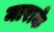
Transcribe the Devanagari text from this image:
माराके